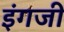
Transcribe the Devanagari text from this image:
इंगजी